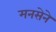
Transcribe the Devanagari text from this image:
मनसेने